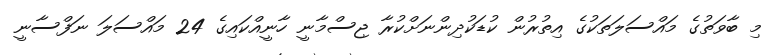
މި ބާވަތުގެ މައްސަލަތަކުގެ އިތުރުން ކުޑަކުދިންނަށްކުރާ ޖިސްމާނީ ހާނީއްކައިގެ 24 މައްސަލަ ނަފްސާނީ